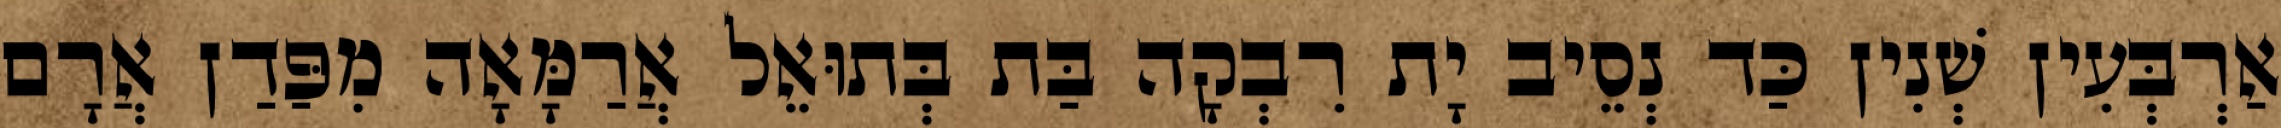
אַרְבְּעִין שְׁנִין כַּד נְסֵיב יָת רִבְקָה בַּת בְּתוּאֵל אֲרַמָּאָה מִפַּדַן אֲרָם